Punjab Mental Hospital Lahore 1922-31 - 1922-1931
Year: 1922
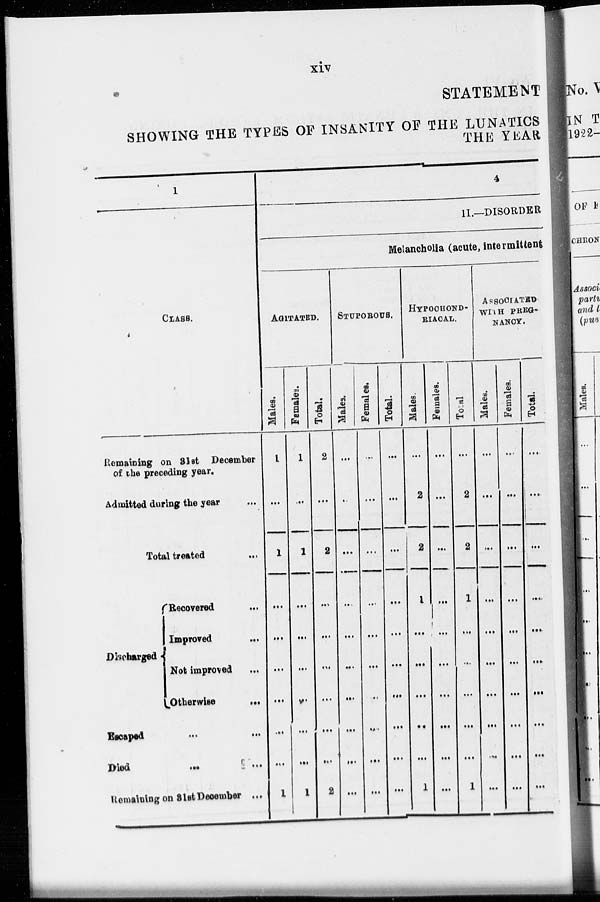
xiv
STATEMENT
SHOWING THE TYPES OF INSANITY OF THE LUNATICS
THE YEAR
1
CLASS.
Remaining on 31st December
of the preceding year.
Admitted during the year ...
Total treated ...
Discharged
Recovered ...
Improved ...
Not improved ...
Otherwise
...
Escaped ... ...
Died
...
...
Remaining on 31st December ...
4
II.—DISORDER
Melancholia (acute, intermittent
AGITATED.
Males.
1
...
1
...
...
...
...
...
...
1
Females.
1
...
1
...
...
...
...
...
...
1
Total.
2
...
2
...
...
...
...
...
...
2
STUPOROUS.
Males.
...
...
...
...
...
...
...
...
...
...
Females.
...
...
...
...
...
...
...
...
...
...
Total.
...
...
...
...
...
...
...
...
...
...
HYPOCHOND-
RIACAL.
Males.
...
2
2
1
...
...
...
...
...
1
Females.
...
...
...
...
...
...
...
...
...
...
Total.
...
2
2
1
...
...
...
...
...
1
ASSOCIATED
WITH PREG-
NANCY.
Males.
...
...
...
...
...
...
...
...
...
...
Females.
...
...
...
...
...
...
...
...
...
...
Total.
...
...
...
...
...
...
...
...
...
...